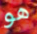
هو